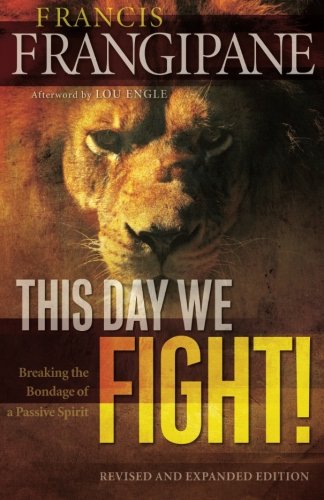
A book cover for This Day We Fight!: Breaking the Bondage of a Passive Spirit; Francis Frangipane; Christian Books & Bibles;